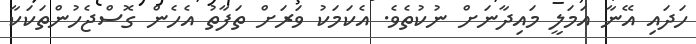
ހަދައި އޭނާ އަމަލީ މައިދާނަށް ނުކުތެވެ. އެކަމަކު ވަރަށް ތަފާތު އެހެން ގޮސްޖެހުންތަކަކާ